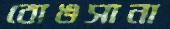
বোঙসানা